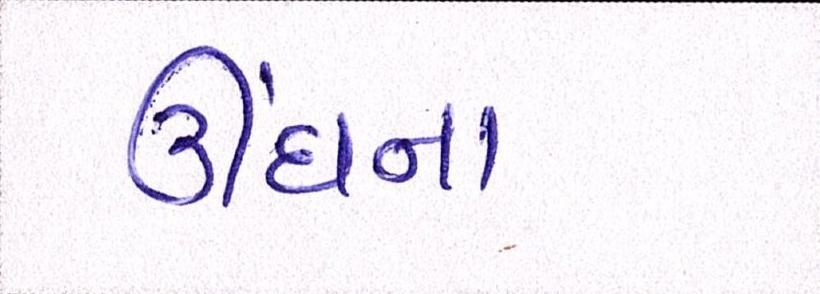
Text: ઊંઘના